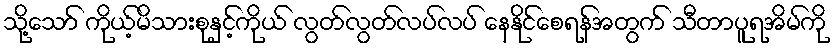
သို့သော် ကိုယ့်မိသားစုနှင့်ကိုယ် လွတ်လွတ်လပ်လပ် နေနိုင်စေရန်အတွက် သီတာပူရအိမ်ကို